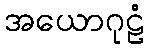
အယောဂုဠံ